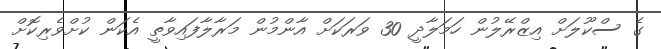
ގެ ސްކޫލަށް އިޒްރޭލުން ހަމަލާދީ 30 ވަރަކަށް އާންމުން މަރާލާފައިވާތީ އެކަން ކުށްވެރިކޮށް